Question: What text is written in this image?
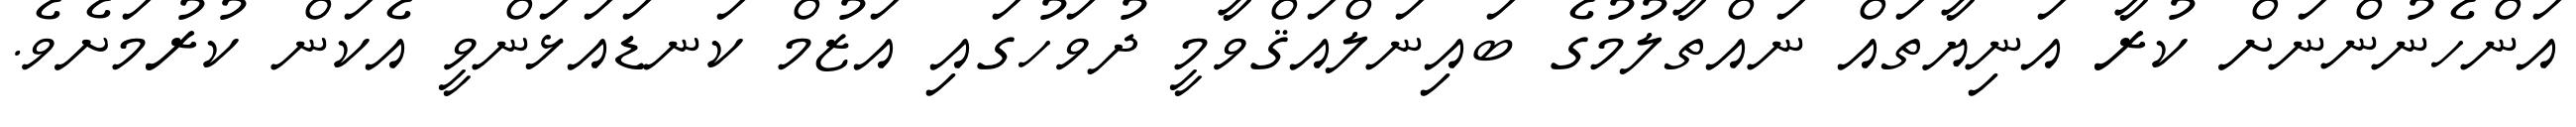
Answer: އަންހެނުންނަށް ކުރާ އަނިޔާތައް ނައްތާލުމުގެ ބައިނަލްއަޤްވާމީ ދުވަހުގައި އަޒުމް ކަނޑައަޅަންވީ އެކަން ކުރުމަށެވެ.